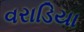
વરાડિયા